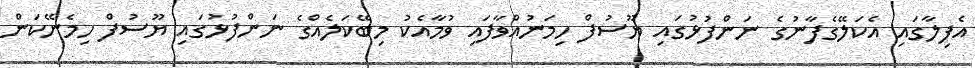
އެފިލާގައި އެކަލޭގެފާނުގެ ނަންފުޅުގައި ޔޫސުފް ހިމަނުއްވާފައި ވުމާއެކު މިބޭކަލެއްގެ ނަންފުޅުގައި ޔޫސުފް ހިމެނޭކަން